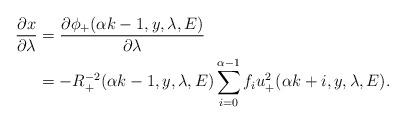
LaTeX: \begin{align*}\frac{\partial x}{\partial \lambda}&=\frac{\partial \phi_{+}(\alpha k-1,y,\lambda, E)}{\partial \lambda}\\&=-R_{+}^{-2}(\alpha k -1,y,\lambda,E)\sum_{i=0}^{\alpha-1}f_iu_{+}^2(\alpha k+i,y,\lambda,E).\end{align*}